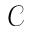
\mathcal { C }